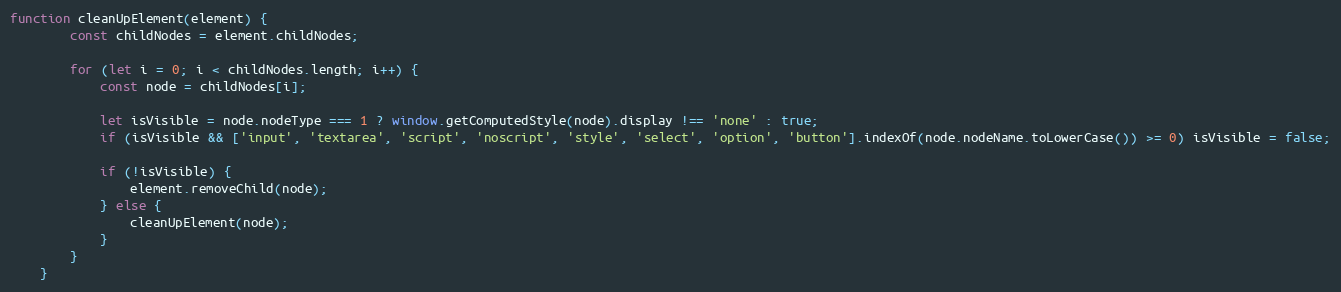
Language: JavaScript
function cleanUpElement(element) {
		const childNodes = element.childNodes;

		for (let i = 0; i < childNodes.length; i++) {
			const node = childNodes[i];

			let isVisible = node.nodeType === 1 ? window.getComputedStyle(node).display !== 'none' : true;
			if (isVisible && ['input', 'textarea', 'script', 'noscript', 'style', 'select', 'option', 'button'].indexOf(node.nodeName.toLowerCase()) >= 0) isVisible = false;

			if (!isVisible) {
				element.removeChild(node);
			} else {
				cleanUpElement(node);
			}
		}
	}